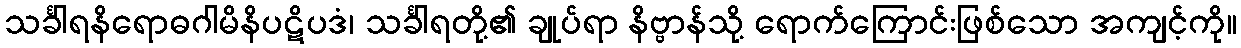
သင်္ခါရနိရောဓဂါမိနိပဋိပဒံ၊ သင်္ခါရတို့၏ ချုပ်ရာ နိဗ္ဗာန်သို့ ရောက်ကြောင်းဖြစ်သော အကျင့်ကို။